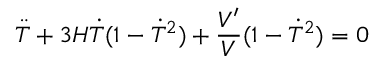
\ddot { T } + 3 H \dot { T } ( 1 - \dot { T } ^ { 2 } ) + \frac { V ^ { \prime } } { V } ( 1 - \dot { T } ^ { 2 } ) = 0